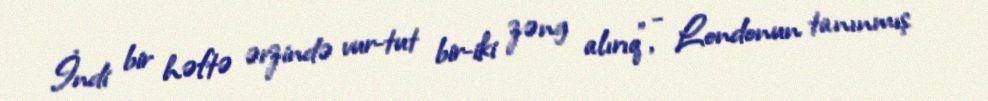
İndi bir həftə ərzində vur-tut bir-iki zəng alırıq”, - Londonun tanınmış